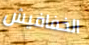
الخفافيش